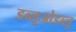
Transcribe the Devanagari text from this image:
डब्लूओडब्लू